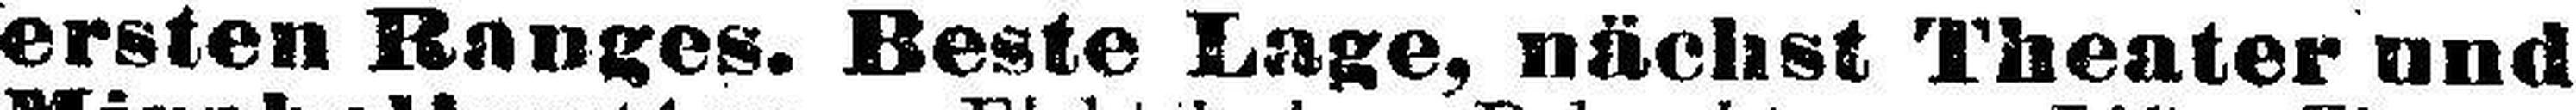
ersten Ranges. Beste Lage, nächst Theater und